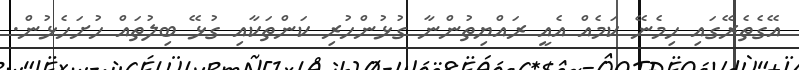
އޭގެތެރޭގައި ހިމެނޭ ކަމެއް އެއީ ރައްޔިތުންނާ ގުޅުންހުރި ކަންތަކާއި ގުޅޭ ބިލުތައް ހުށަހެޅުން.